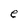
Character: e